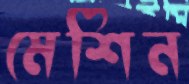
মেশিন